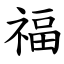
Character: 福